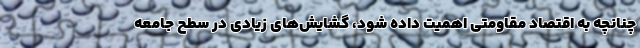
چنانچه به اقتصاد مقاومتی اهمیت داده شود، گشایش‌های زیادی در سطح جامعه